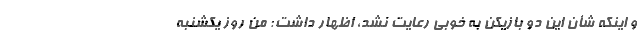
و اینکه شأن این دو بازیکن به خوبی رعایت نشد، اظهار داشت: من روز یکشنبه